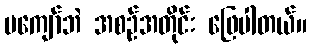
မကျော်ဘဲ အစဉ်အတိုင်း ဖြေပါတယ်။